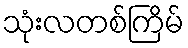
သုံးလတစ်ကြိမ်